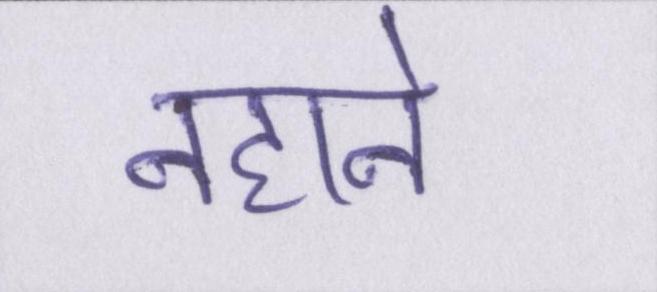
नहाने